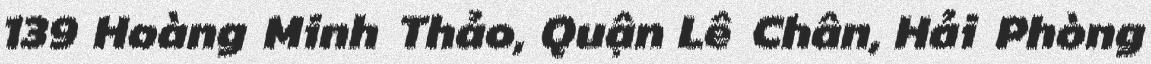
139 Hoàng Minh Thảo, Quận Lê Chân, Hải Phòng